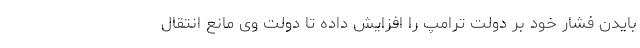
بایدن فشار خود بر دولت ترامپ را افزایش داده تا دولت وی مانع انتقال